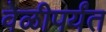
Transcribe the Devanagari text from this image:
वेळीपर्यंत